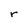
Character: r